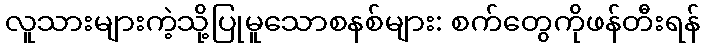
လူသားများကဲ့သို့ပြုမူသောစနစ်များ: စက်တွေကိုဖန်တီးရန်